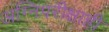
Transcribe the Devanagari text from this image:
अग्निपरीक्षाही